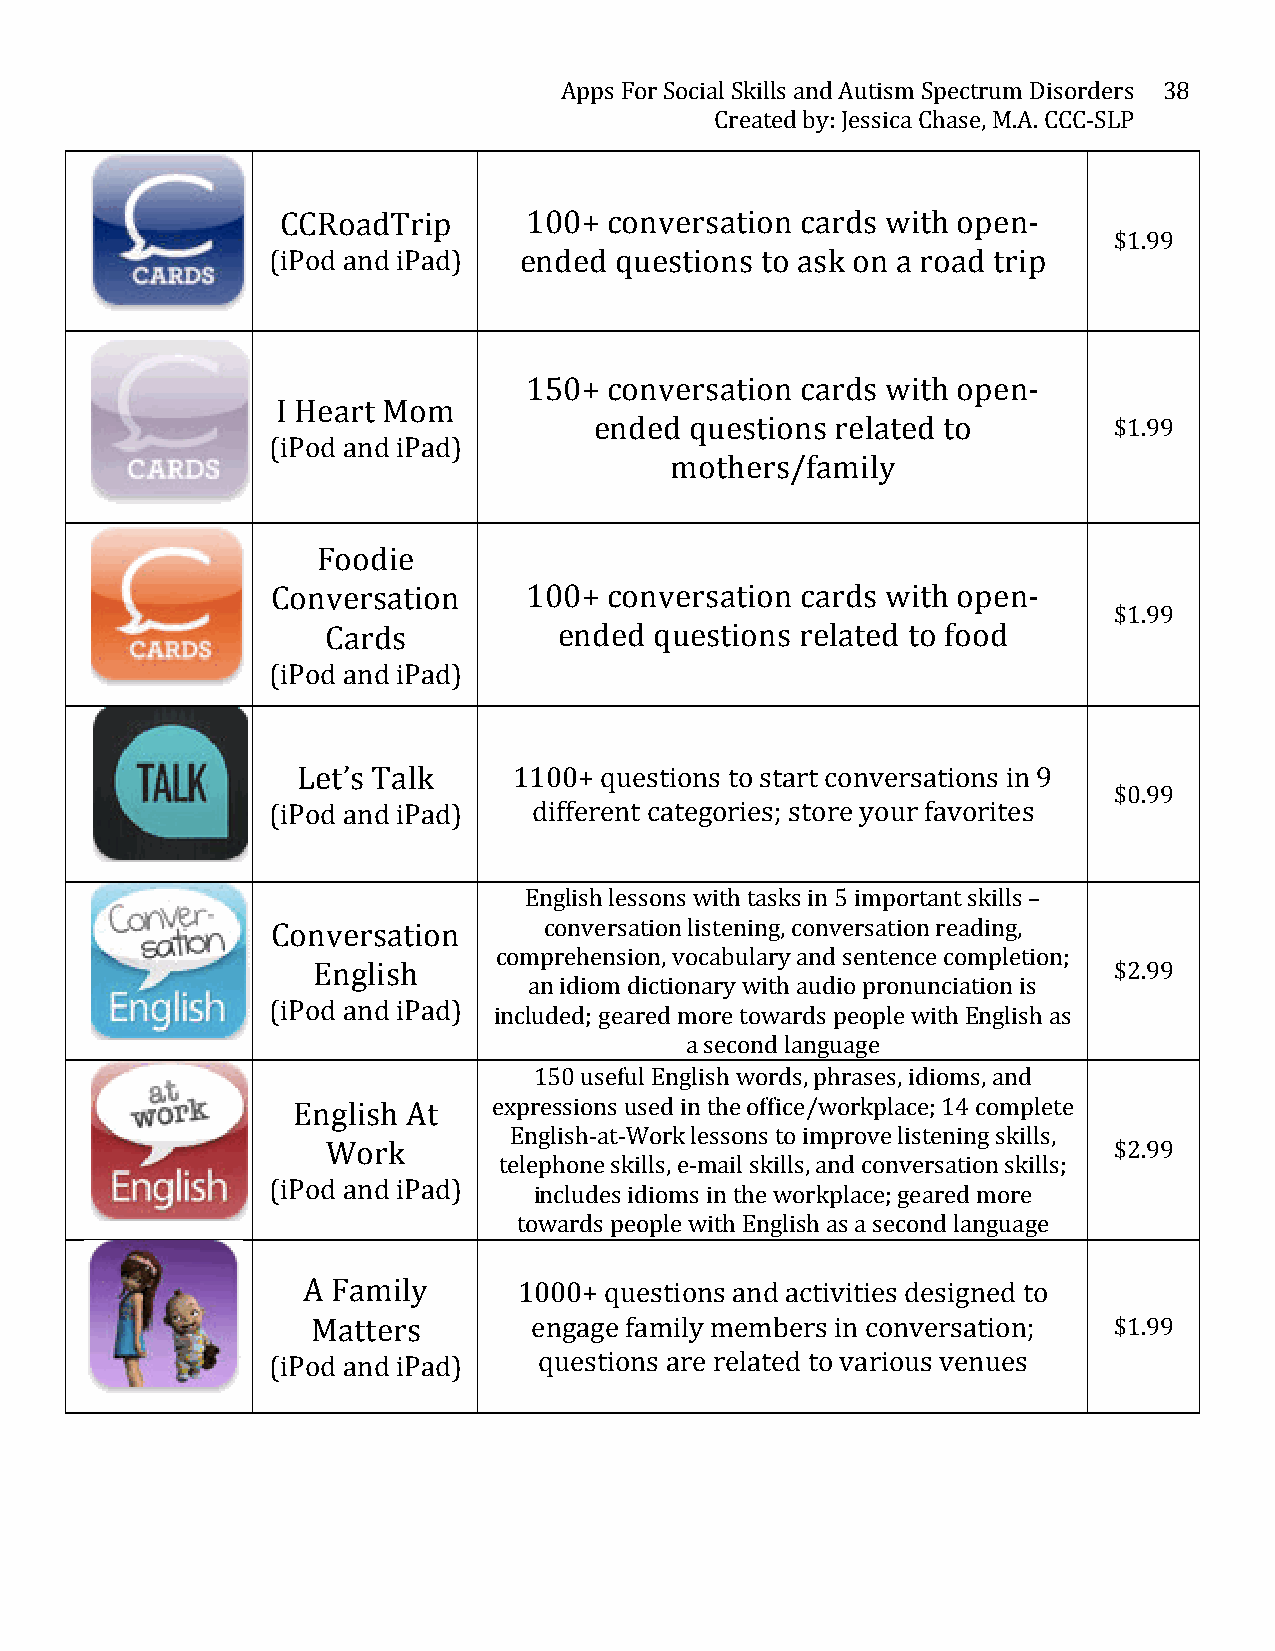
Apps For Social Skills and Autism Spectrum Disorders 38
 Created by: Jessica Chase, M.A. CCC-­‐SLP
 CCRoadTrip      100+ conversation cards with open-­‐
 $1.99
 (iPod and iPad) ended  questions to ask on a road trip
 150+ conversation cards with open-­‐
 I Heart Mom
 ended  questions related to        $1.99
 (iPod and iPad)
 mothers/family
 Foodie
 Conversation     100+ conversation cards with open-­‐
 $1.99
 Cards          ended questions related to food
 (iPod and iPad)
 Let’s Talk    1100+ questions to start conversations in 9
 $0.99
 (iPod and iPad)  different categories; store your favorites
 English lessons with tasks in 5 important skills –
 Conversation      conversation listening, conversation reading,
 comprehension, vocabulary and sentence completion;
 English                                              $2.99
 an idiom dictionary with audio pronunciation is
 (iPod and iPad)
 included; geared more towards people with English as
 a second language
 150 useful English words, phrases, idioms, and
 English At    expressions used in the office/workplace; 14 complete
 English-­‐at-­‐Work lessons to improve listening skills,
 Work                                                $2.99
 telephone skills, e-­‐mail skills, and conversation skills;
 (iPod and iPad)
 includes idioms in the workplace; geared more
 towards people with English as a second language
 A Family      1000+ questions and activities designed to
 Matters       engage family members in conversation; $1.99
 (iPod and iPad)   questions are related to various venues